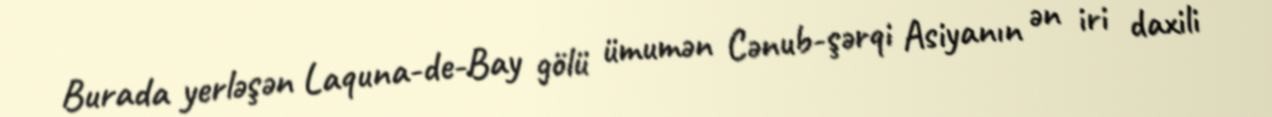
Burada yerləşən Laquna-de-Bay gölü ümumən Cənub-şərqi Asiyanın ən iri daxili